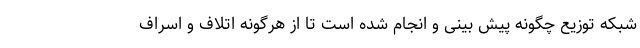
شبکه توزیع چگونه پیش بینی و انجام شده است تا از هرگونه اتلاف و اسراف